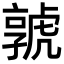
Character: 𡦨